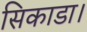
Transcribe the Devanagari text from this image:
सिकाडा।